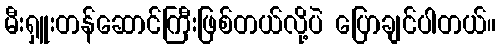
မီးရှူးတန်ဆောင်ကြီးဖြစ်တယ်လို့ပဲ ပြောချင်ပါတယ်။